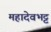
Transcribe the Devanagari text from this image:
महादेवभट्ट